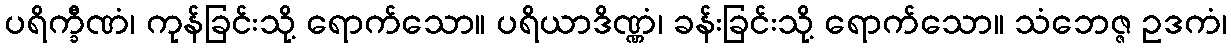
ပရိက္ခီဏံ၊ ကုန်ခြင်းသို့ ရောက်သော။ ပရိယာဒိဏ္ဏံ၊ ခန်းခြင်းသို့ ရောက်သော။ သံဘေဇ္ဇ ဥဒကံ၊